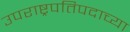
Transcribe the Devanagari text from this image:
उपराष्ट्रपतिपदाच्या